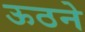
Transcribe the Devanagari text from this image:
ऊठने